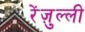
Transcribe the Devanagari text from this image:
रेंज़ुल्ली